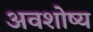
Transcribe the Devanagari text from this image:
अवशोष्य